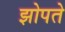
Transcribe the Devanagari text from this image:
झोपते